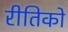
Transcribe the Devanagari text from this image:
रीतिको